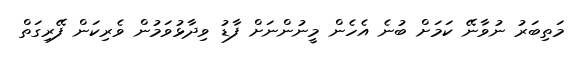
މަތިބަރު ނުވާނޭ ކަމަށް ބުނެ އެހެން މީނުންނަށް ފާޑު ވިދާޅުވަމުން ވެރިކަން ފޭރިގަތް